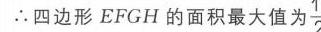
\(\therefore\)四边形 \(EFGH\) 的面积最大值为 \(\frac{1}{2}\)